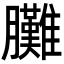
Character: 𦣎